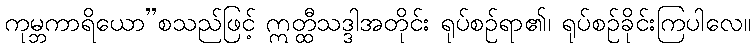
ကုမ္ဘကာရိယော”စသည်ဖြင့် ဣတ္ထီသဒ္ဒါအတိုင်း ရုပ်စဉ်ရာ၏၊ ရုပ်စဉ်ခိုင်းကြပါလေ။